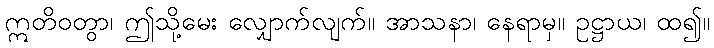
ဣတိဝတွာ၊ ဤသို့မေး လျှောက်လျက်။ အာသနာ၊ နေရာမှ။ ဥဋ္ဌာယ၊ ထ၍။